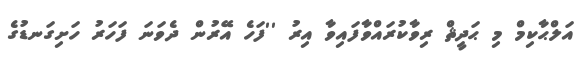
އަލްޙާކިމް މި ޙަދީޘް ރިވާކުރައްވާފައިވާ އިރު ''ފަހެ އޭރުން ދެވަނަ ފަހަރު ހަށިގަނޑުގެ